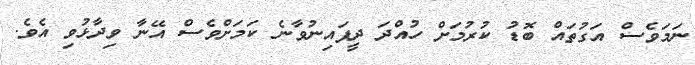
ނަމަވެސް އަގުތައް ބޮޑު ކުރުމަށް ހުއްދަ ދީފައިނުވާނެ ކަމަށްވެސް އޭނާ ވިދާޅުވި އެވެ.